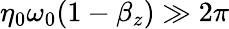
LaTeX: \eta_{0}\omega_{0}(1-\beta_{z})\gg 2\pi